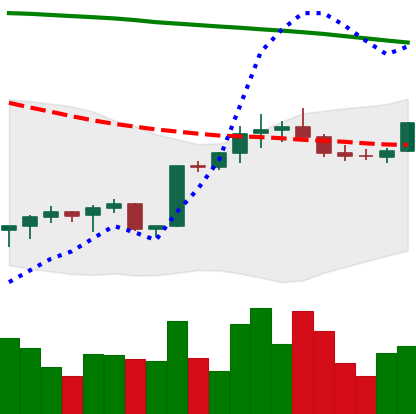
Ticker: BTC-USD
Chart end date: 2022-02-15
Forward return: -13.783%
Label: down_7plus